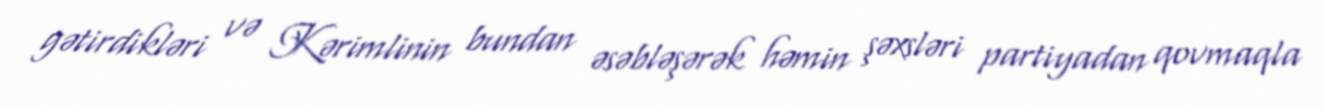
gətirdikləri və Kərimlinin bundan əsəbləşərək həmin şəxsləri partiyadan qovmaqla